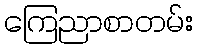
ကြေညာစာတမ်း